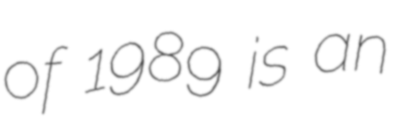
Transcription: of 1989 is an